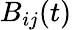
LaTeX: B_{ij}(t)